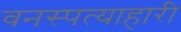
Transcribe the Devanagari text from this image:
वनस्पत्याहारी